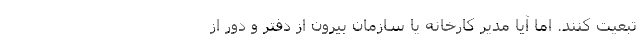
تبعیت کنند. اما آیا مدیر کارخانه یا سازمان بیرون از دفتر و دور از